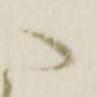
へ